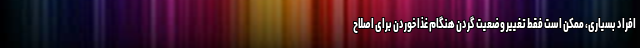
افراد بسیاری، ممکن است فقط تغییر وضعیت گردن هنگام غذا خوردن برای اصلاح